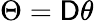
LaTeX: \Theta=\mathsf{D}\theta